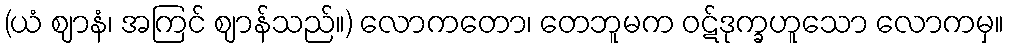
(ယံ ဈာနံ၊ အကြင် ဈာန်သည်။) လောကတော၊ တေဘူမက ဝဋ်ဒုက္ခဟူသော လောကမှ။